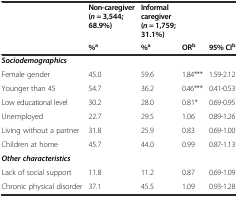
|  | Non-caregiver (n = 3,544; 68.9%) | Informal caregiver (n = 1,759; 31.1%) | <COLSPAN=2>  |
 |  | %a | %a | ORb | 95% CIb |
 | --- | --- | --- | --- | --- |
 | Sociodemographics |  |  |  |  |
 | Female gender | 45.0 | 59.6 | 1.84*** | 1.59-2.12 |
 | Younger than 45 | 54.7 | 36.2 | 0.46*** | 0.41-0.53 |
 | Low educational level | 30.2 | 28.0 | 0.81* | 0.69-0.95 |
 | Unemployed | 22.7 | 29.5 | 1.06 | 0.89-1.26 |
 | Living without a partner | 31.8 | 25.9 | 0.83 | 0.69-1.00 |
 | Children at home | 45.7 | 44.0 | 0.99 | 0.87-1.13 |
 | Other characteristics |  |  |  |  |
 | Lack of social support | 11.8 | 11.2 | 0.87 | 0.69-1.09 |
 | Chronic physical disorder | 37.1 | 45.5 | 1.09 | 0.93-1.28 |